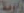
زاوية